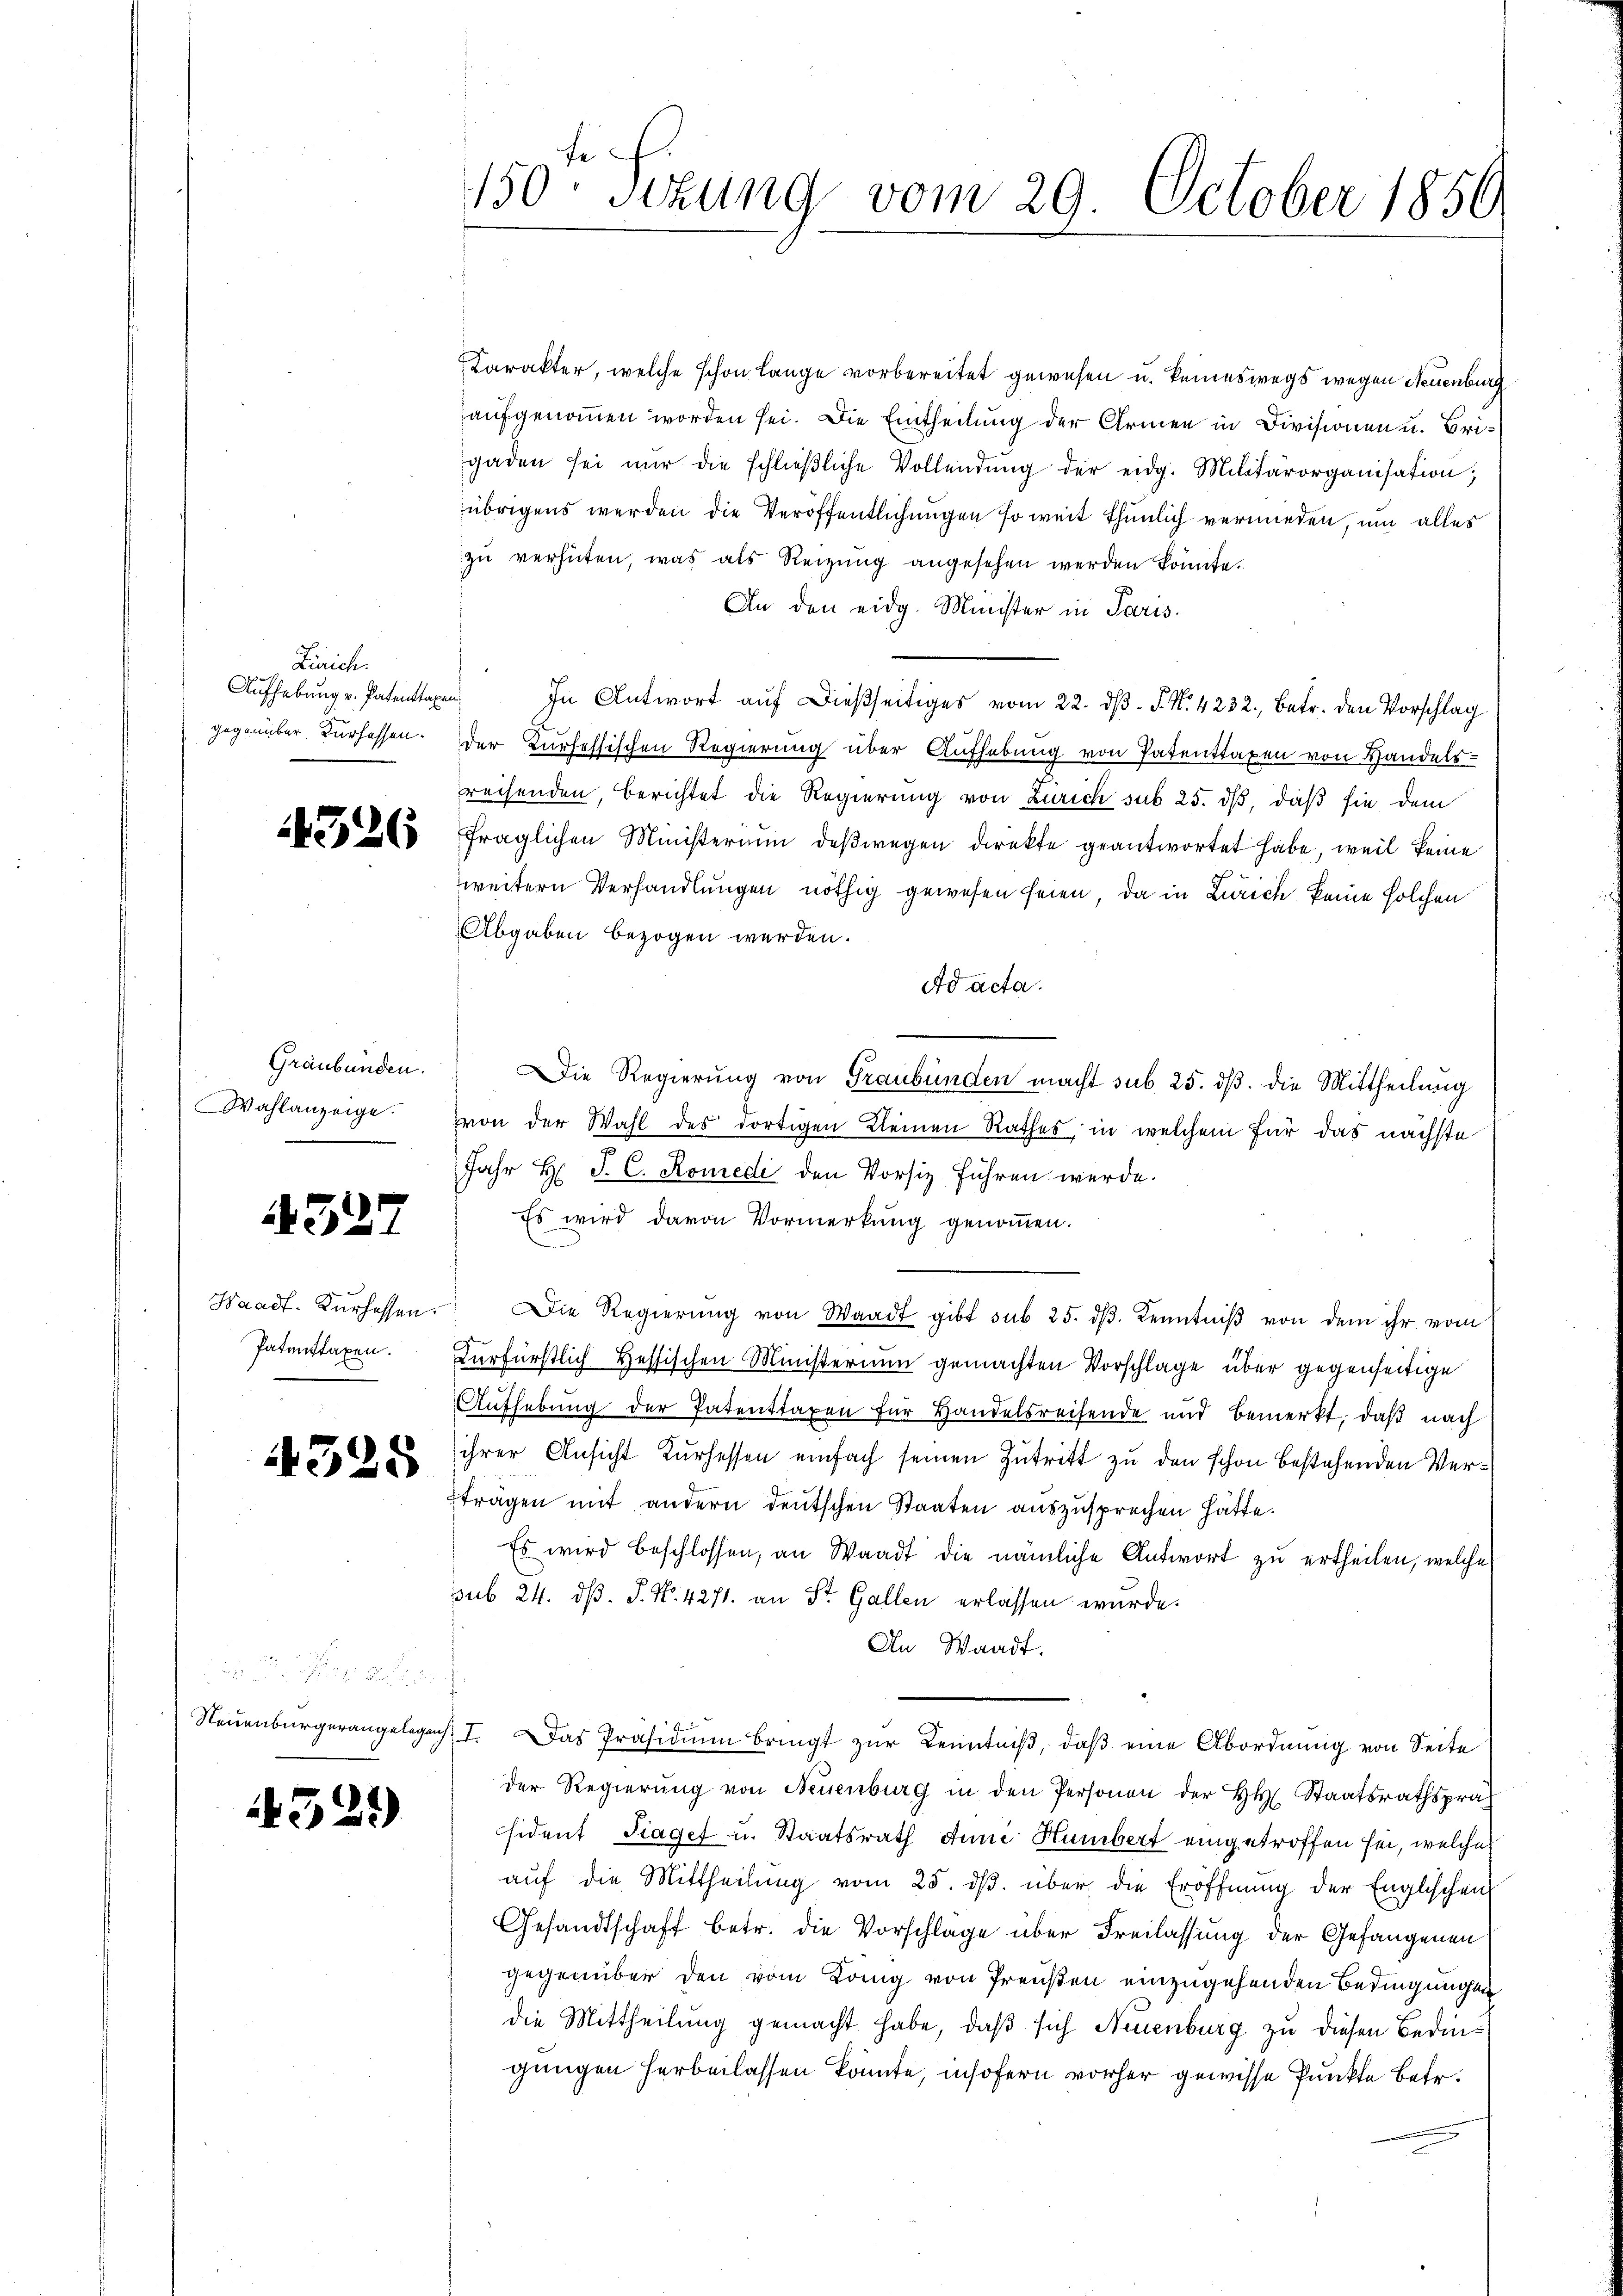
Lirich.
gegenüber. Kurhessen.

1326

Graubünden.
Wahlanzeige.
d

4327

Patenstaxen.

4328

4329)

Karakter, welche schon lange vorbereitet gewesen u. keineswegs wegen Neuenburg
aufgenommen worden sei. Die Eintheilung der Armen in Divisionen u. Brigaden sei nŭr die schlieβliche Vollendŭng der eidg. Militärorganisation,
übrigens werden die Veröffentlichungen so weit thunlich vermieden, um alles
zu verhüten, was als Reizung angesehen werden konnte.
An den eidg. Minister in Paris.
Aŭfhebŭng v. Patentagen. In Antwort aŭf dießseitiges vom 22. dβ. P. Nr. 4232., betr. den Vorschlag
der Kursessischen Regierung über Aufhebung von Patenttaxen von Handels-
reisenden, berichtet die Regierung von Zürich sub 25. dß, daß sie dem
fraglichen Ministerium deßwegen direkte geantwortet habe, weil keine
weitern Verhandlungen nöthig gewesen seien, da in Zürich keine solchen
Abgaben bezogen werden.
Ad acta.
Die Regierung von Graubünden macht sub 25. ds. die Mittheilung
von der Wahl des dortigen Kleinen Rathes, in welchem für das nächste
Jahr H: J. C. Komedi den Vorsiz führen werde.
Es wird davon Vormerkung genommen.
Waadt. Kurhessen. Die Regierŭng von Waadt gibt sub 25. dβ. Kenntniβ von dem ihr vom
Kurfürstlich Hessischen Ministerium gemachten Vorschlage über gegenseitige
Aufhebung der Patenttaxen für Handelsreisende und bemerkt, daß nach
ihrer Ansicht Kurhessen einfach seinen Zutritt zu den schon bestehenden Verträgen mit andern deutschen Staaten auszusprechen hätte.
Es wird beschlossen, an Waadt die nämliche Antwort zu ertheilen, welche
sub 24. dβ. P. Nr. 4271. an St. Gallen erlassen wurde.
An Waadt.
Neŭenbürgerangelegen I. Das Präsidiŭm bringt zŭr Kenntniβ, daβ eine Abordnŭng von Seite
der Regierŭng von Neuenburg in den Personen der H. Staatsrathsprä
sident Traget u. Staatsrath Anne Humbert eingetroffen sei, welches
aŭf die Mittheilŭng vom 25. dβ über die Eröffnung der Englischen
Gesandtschaft betr. die Vorschlage über Freilassung der Gefangenen
gegenüber den vom König von Preußen einzugehenden Bedingungen
die Mittheilung gemacht habe, daß sich Neuenburg zu diesen Bedingungen herbeilassen könnte, insofern vorher gewisse Punkte betr.

150 Sizung vom 29. October 1850